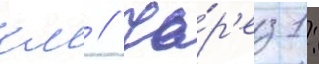
км // Че́р'ез 1: